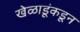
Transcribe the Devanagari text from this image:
खेळाडूंकडून